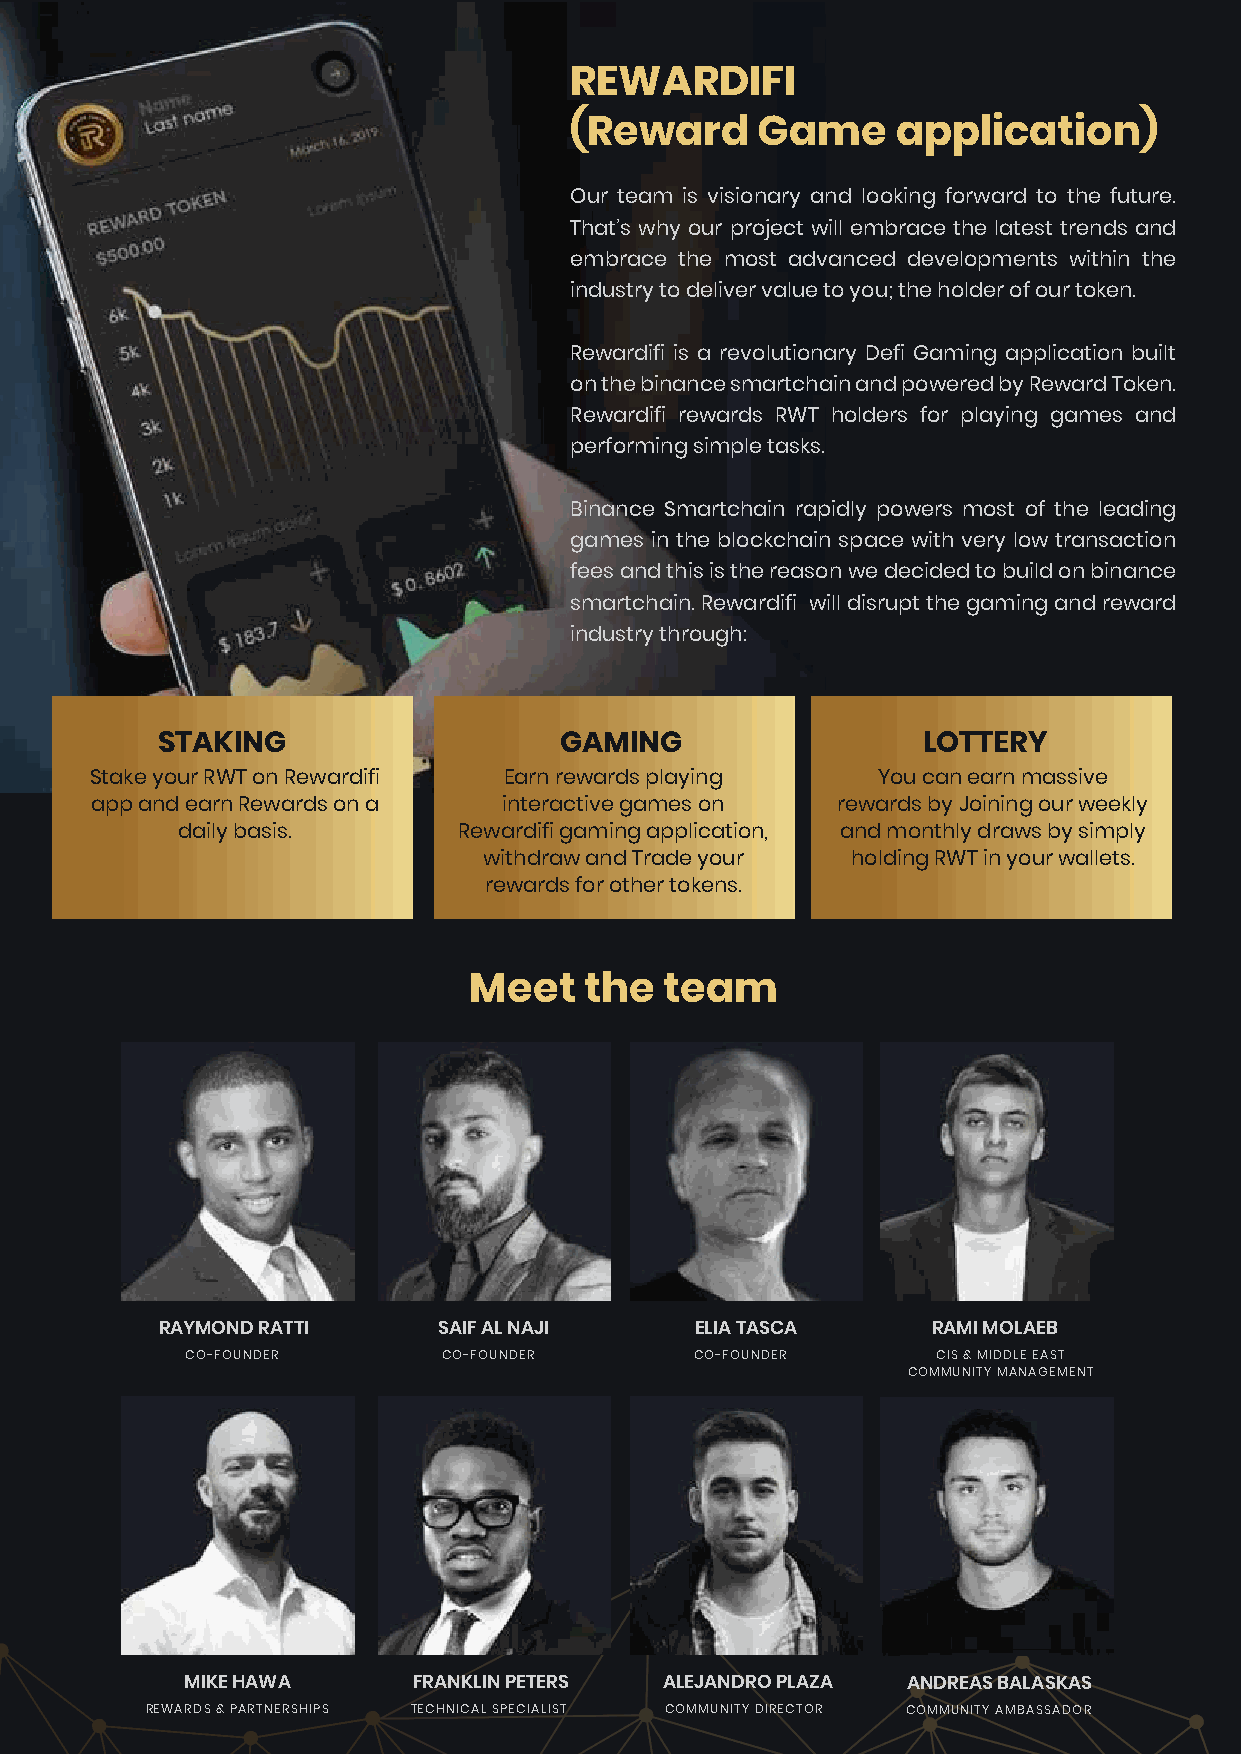
REWARDIFI
 (Reward     Game     application)
 Our team is visionary and looking forward to the future.
 That’s why our project will embrace the latest trends and
 embrace the most advanced developments within the
 industry to deliver value to you; the holder of our token.
 Rewardifi is a revolutionary Defi Gaming application built
 on the binance smartchain and powered by Reward Token.
 Rewardifi rewards RWT holders for playing games and
 performing simple tasks.
 Binance Smartchain rapidly powers most of the leading
 games in the blockchain space with very low transaction
 fees and this is the reason we decided to build on binance
 smartchain. Rewardifi will disrupt the gaming and reward
 industry through:
 STAKING                    GAMING                  LOTTERY
 Stake your RWT on Rewardifi Earn rewards playing    You can earn massive
 app and earn Rewards on a  interactive games on  rewards by Joining our weekly
 daily basis.      Rewardifi gaming application, and monthly draws by simply
 withdraw and Trade your holding RWT in your wallets.
 rewards for other tokens.
 Meet    the  team
 RAYMOND RATTI     SAIF AL NAJI     ELIA TASCA      RAMI MOLAEB
 CO-FOUNDER       CO-FOUNDER       CO-FOUNDER      CIS & MIDDLE EAST
 COMMUNITY MANAGEMENT
 MIKE HAWA      FRANKLIN PETERS  ALEJANDRO PLAZA ANDREAS BALASKAS
 REWARDS & PARTNERSHIPS TECHNICAL SPECIALIST COMMUNITY DIRECTOR COMMUNITY AMBASSADOR